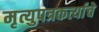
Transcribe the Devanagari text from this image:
मृत्युपत्रकर्त्याचे